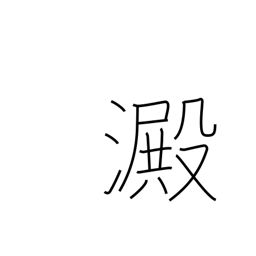
Meaning: sediment